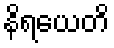
နိရယေတိ